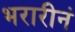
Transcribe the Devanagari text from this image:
भरारीनं